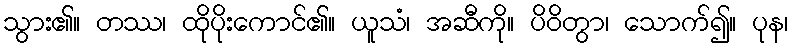
သွား၏။ တဿ၊ ထိုပိုးကောင်၏။ ယူသံ၊ အဆီကို။ ပိဝိတွာ၊ သောက်၍။ ပုန၊